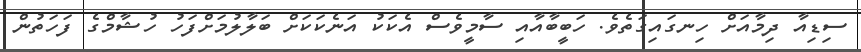
ސިޑިއާ ދިމާއަށް ހިނގައިގަތެވެ. ހަބީބާއާއި ސާމީވެސް އެކަކު އަނެކަކަށް ބަލާލުމަށްފަހު ހުޝާމްގެ ފަހަތުން